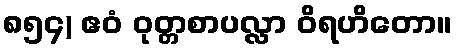
၈၅၄) ဧဝံ ဝုတ္တစာပလ္လာ ဝိရဟိတော။